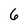
Character: 6